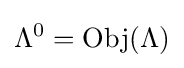
\Lambda ^{0}=\operatorname {Obj} (\Lambda )